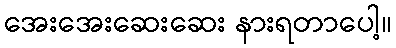
အေးအေးဆေးဆေး နားရတာပေါ့။